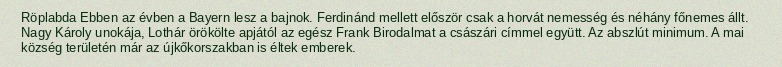
Röplabda Ebben az évben a Bayern lesz a bajnok. Ferdinánd mellett először csak a horvát nemesség és néhány főnemes állt. Nagy Károly unokája, Lothár örökölte apjától az egész Frank Birodalmat a császári címmel együtt. Az abszlút minimum. A mai község területén már az újkőkorszakban is éltek emberek.